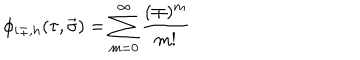
\phi _ { i \pm , h } ( \tau , \vec { \sigma } ) = \sum _ { m = 0 } ^ { \infty } \frac { ( \mp ) ^ { m } } { m ! }